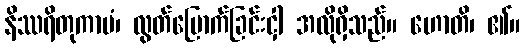
နိဿရိတုကာမံ၊ လွတ်မြောက်ခြင်းငှါ အလိုရှိသည်။ ဟောတိ၊ ၏။